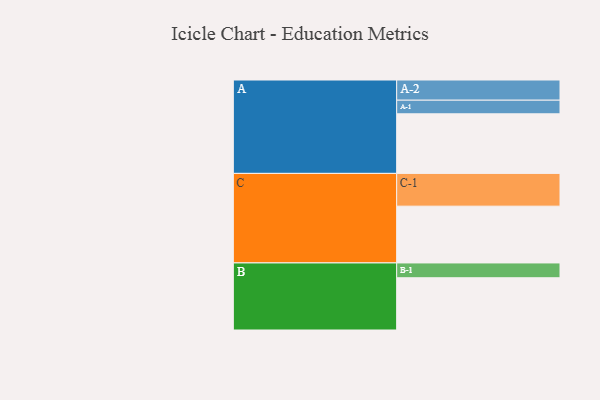
{"axis": {"x": "Segment", "y": "Value"}, "legend": ["", "A", "B", "C"], "data": [{"x": "A", "y": 511, "type": ""}, {"x": "B", "y": 448, "type": ""}, {"x": "C", "y": 487, "type": ""}, {"x": "A-1", "y": 117, "type": "A"}, {"x": "A-2", "y": 173, "type": "A"}, {"x": "B-1", "y": 127, "type": "B"}, {"x": "C-1", "y": 281, "type": "C"}]}